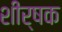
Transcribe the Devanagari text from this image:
शीर्षक